Indian journal of veterinary science and animal husbandry - Volumes 18-21, 1948-1951
Year: 1948
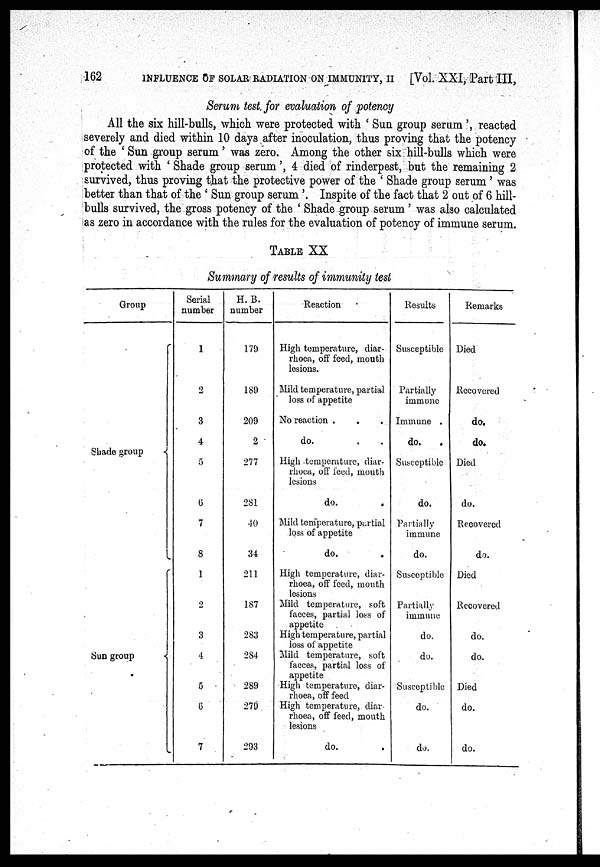
162
INFLUENCE OF SOLAR RADIATION ON IMMUNITY, II
[Vol. XXI, Part III,
Serum test for evaluation of potency
All the six hill-bulls, which were protected with 'Sun group serum', reacted
severely and died within 10 days after inoculation, thus proving that the potency
of the 'Sun group serum' was zero. Among the other six hill-bulls which were
protected with 'Shade group serum', 4 died of rinderpest, but the remaining 2
survived, thus proving that the protective power of the 'Shade group serum' was
better than that of the 'Sun group serum'. Inspite of the fact that 2 out of 6 hill-
bulls survived, the gross potency of the 'Shade group serum' was also calculated
as zero in accordance with the rules for the evaluation of potency of immune serum.
TABLE XX
Summary of results of immunity test
Group
Shade group
Sun group
Serial
number
1
2
3
4
5
6
7
8
1
2
3
4
5
6
7
H. B.
number
179
189
209
2
277
281
40
34
211
187
283
284
289
279
293
Reaction
High temperature, diar-
rhoea, off feed, mouth
lesions.
Mild temperature, partial
loss of appetite
No reaction .
do.
High temperature, diar-
rhoea, off feed, mouth
lesions
do.
Mild temperature, partial
loss of appetite
do.
High temperature, diar-
rhoea, off feed, mouth
lesions
Mild temperature, soft
faeces, partial loss of
appetite
High temperature, partial
loss of appetite
Mild temperature, soft
faeces, partial loss of
appetite
High temperature, diar-
rhoea, off feed
High temperature, diar
rhoea, off feed, mouth
lesions
do.
Results
Susceptible
Partially
immune
Immune .
do.
Susceptible
do.
Partially
immune
do.
Susceptible
Partially
immune
do.
do.
Susceptible
do.
do.
Remarks
Died
Recovered
do.
do.
Died
do.
Recovered
do.
Died
Recovered
do.
do.
Died
do.
do.